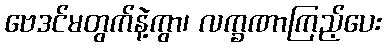
ဗေဒင်မတွက်နဲ့ကွာ၊ လက္ခဏာကြည့်ပေး